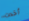
أخدت